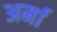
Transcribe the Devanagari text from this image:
अर्मा